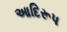
આદિરૂપ